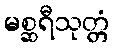
မစ္ဆရီသုတ္တံ